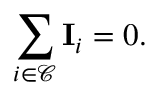
\sum _ { i \in \mathcal { C } } \mathbf { I } _ { i } = 0 .